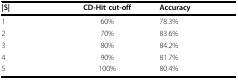
| |S| | CD-Hit cut-off | Accuracy |
 | --- | --- | --- |
 | 1 | 60% | 78.3% |
 | 2 | 70% | 83.6% |
 | 3 | 80% | 84.2% |
 | 4 | 90% | 81.7% |
 | 5 | 100% | 80.4% |